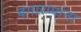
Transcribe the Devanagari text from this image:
बंगारप्पांना